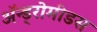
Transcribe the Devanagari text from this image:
ॲन्ड्रोमीडस